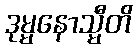
ဒုမ္မနောသ္မီတိ